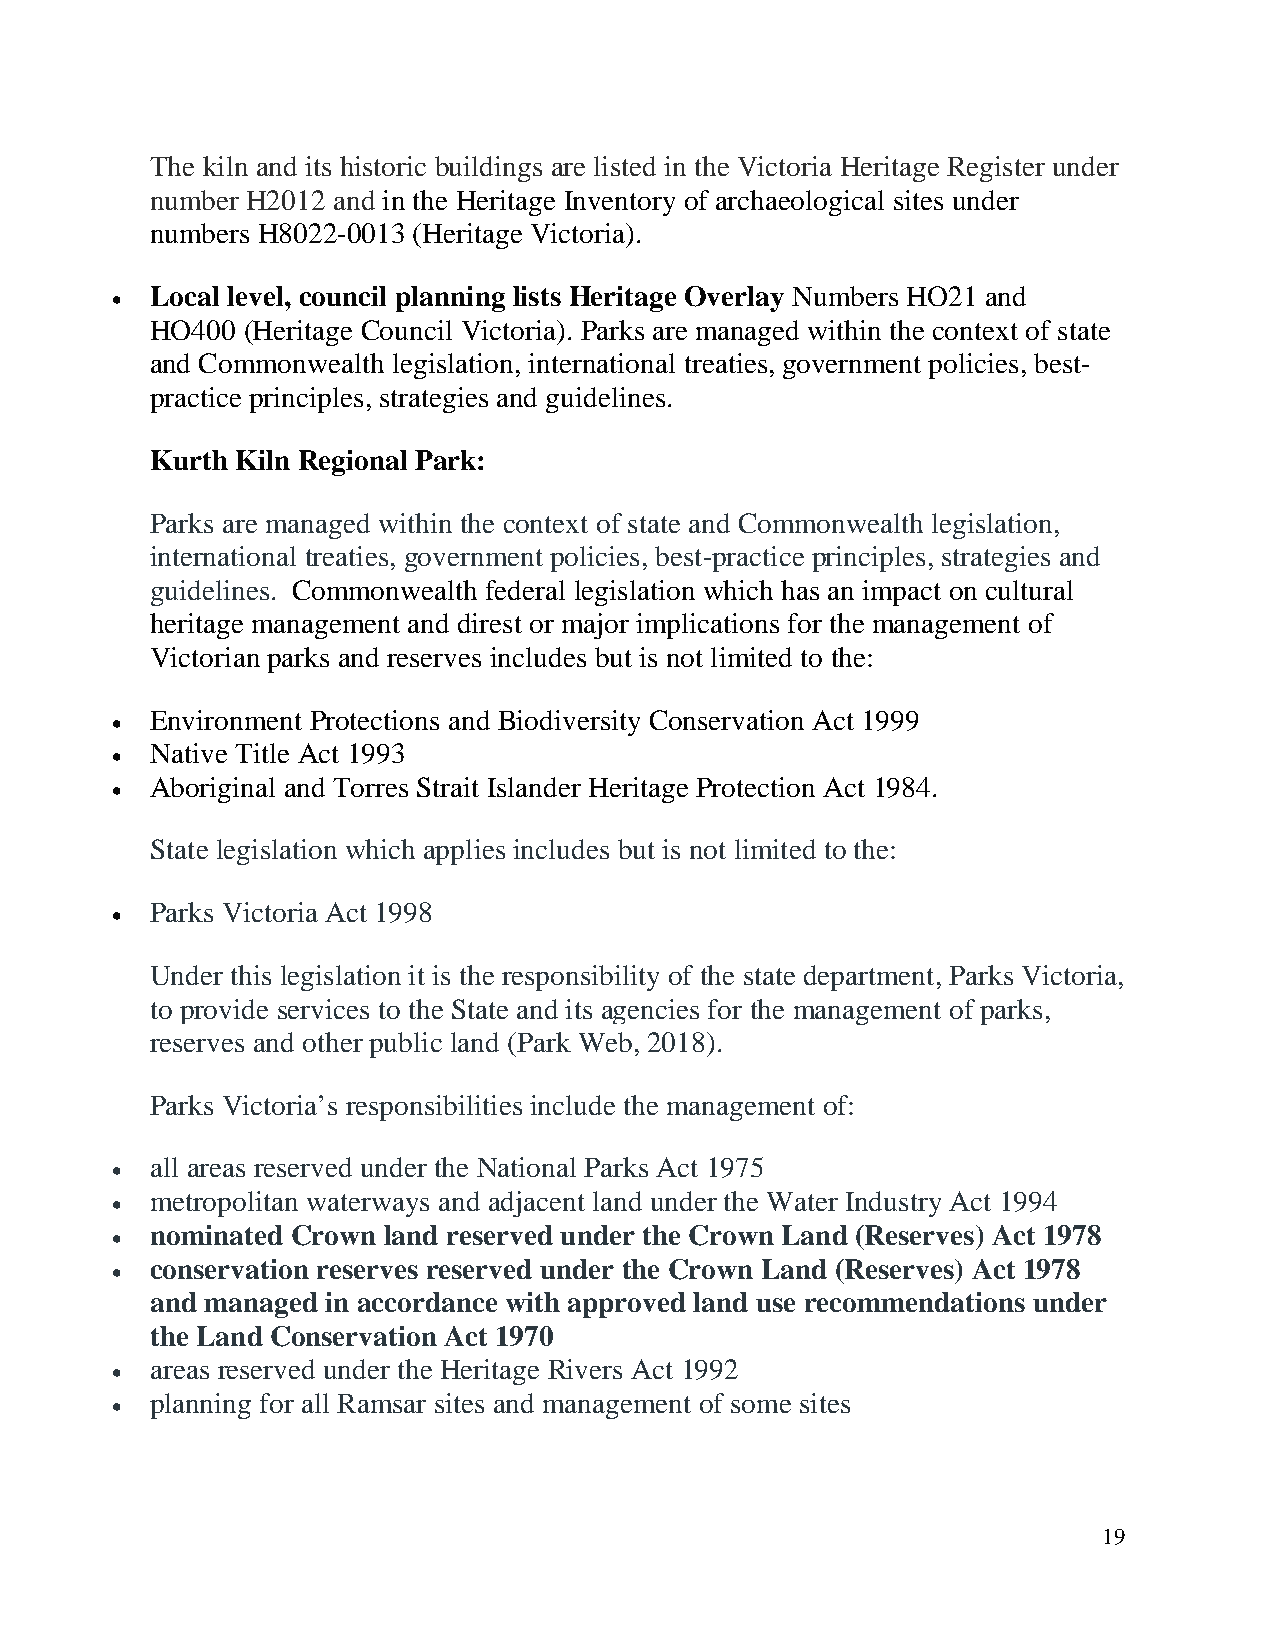
The kiln and its historic buildings are listed in the Victoria Heritage Register under
 number H2012 and in the Heritage Inventory of archaeological sites under
 numbers H8022-0013 (Heritage Victoria).
 •  Local level, council planning lists Heritage Overlay Numbers HO21 and
 HO400 (Heritage Council Victoria). Parks are managed within the context of state
 and Commonwealth legislation, international treaties, government policies, best-
 practice principles, strategies and guidelines.
 Kurth Kiln Regional Park:
 Parks are managed within the context of state and Commonwealth legislation,
 international treaties, government policies, best-practice principles, strategies and
 guidelines. Commonwealth federal legislation which has an impact on cultural
 heritage management and direst or major implications for the management of
 Victorian parks and reserves includes but is not limited to the:
 •  Environment Protections and Biodiversity Conservation Act 1999
 •  Native Title Act 1993
 •  Aboriginal and Torres Strait Islander Heritage Protection Act 1984.
 State legislation which applies includes but is not limited to the:
 •  Parks Victoria Act 1998
 Under this legislation it is the responsibility of the state department, Parks Victoria,
 to provide services to the State and its agencies for the management of parks,
 reserves and other public land (Park Web, 2018).
 Parks Victoria’s responsibilities include the management of:
 •  all areas reserved under the National Parks Act 1975
 •  metropolitan waterways and adjacent land under the Water Industry Act 1994
 •  nominated Crown land reserved under the Crown Land (Reserves) Act 1978
 •  conservation reserves reserved under the Crown Land (Reserves) Act 1978
 and managed in accordance with approved land use recommendations under
 the Land Conservation Act 1970
 •  areas reserved under the Heritage Rivers Act 1992
 •  planning for all Ramsar sites and management of some sites
 19